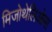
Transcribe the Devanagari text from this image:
मिजोथेलिओमा